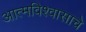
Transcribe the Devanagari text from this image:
आत्मविश्वासाचे